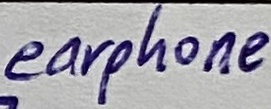
Text: earphone